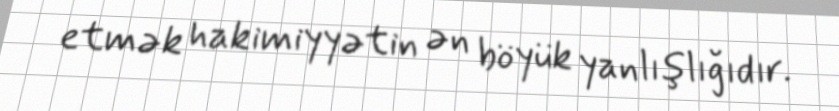
etmək hakimiyyətin ən böyük yanlışlığıdır.